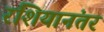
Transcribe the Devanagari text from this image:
रशियानंतर